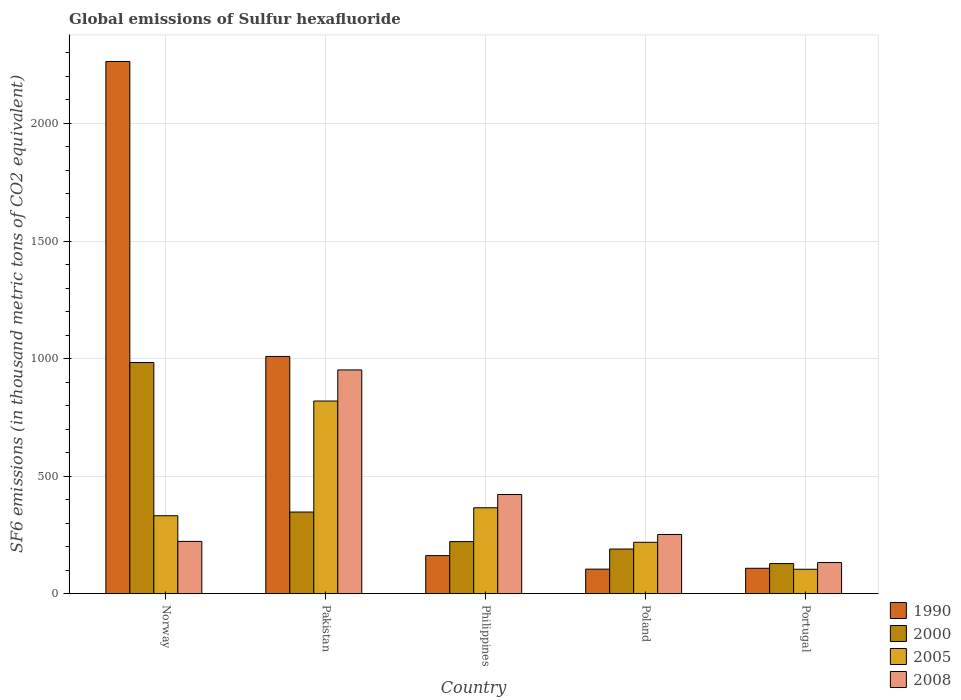
| Country | 1990 | 2000 | 2005 | 2008 |
 | --- | --- | --- | --- | --- |
 | Norway | 2.26e+03 | 983 | 331 | 222 |
 | Pakistan | 1.01e+03 | 347 | 819 | 952 |
 | Philippines | 162 | 221 | 365 | 422 |
 | Poland | 104 | 190 | 218 | 252 |
 | Portugal | 108 | 128 | 104 | 132 |